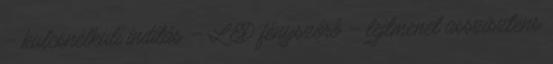
– kulcsnélküli indítás – LED fényszóró – lejtmenet asszisztens